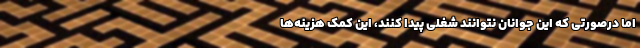
اما درصورتی که این جوانان نتوانند شغلی پیدا کنند، این کمک هزینه‌ها